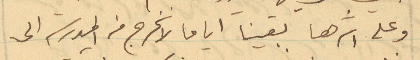
وعلى اثرها بقينا اياما لا نخرج من المدرسة الى